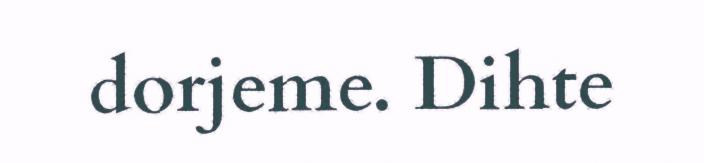
dorjeme. Dihte